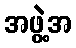
အဖွဲ့အ